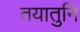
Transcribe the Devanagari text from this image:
तयातुनि